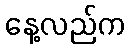
နေ့လည်က